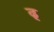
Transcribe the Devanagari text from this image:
ढ़्